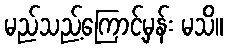
မည်သည့်ကြောင့်မှန်း မသိ။